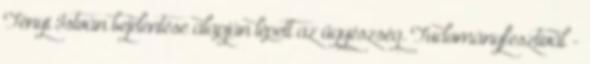
Tényi István bejelentése alapján lépett az ügyészség. Tudományfesztivál -